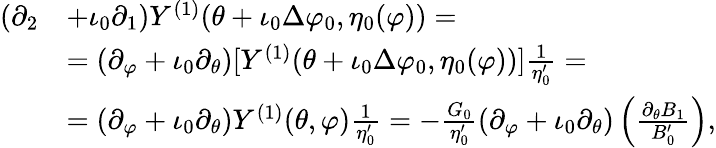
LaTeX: \begin{array}{rl}{(\partial_{2}}&{+\iota_{0}\partial_{1})Y^{(1)}(\theta+\iota_{0}\Delta\varphi_{0},\eta_{0}(\varphi))=}\\ &{=(\partial_{\varphi}+\iota_{0}\partial_{\theta})[Y^{(1)}(\theta+\iota_{0}\Delta\varphi_{0},\eta_{0}(\varphi))]\frac{1}{\eta_{0}^{\prime}}=}\\ &{=(\partial_{\varphi}+\iota_{0}\partial_{\theta})Y^{(1)}(\theta,\varphi)\frac{1}{\eta_{0}^{\prime}}=-\frac{G_{0}}{\eta_{0}^{\prime}}(\partial_{\varphi}+\iota_{0}\partial_{\theta})\left(\frac{\partial_{\theta}B_{1}}{B_{0}^{\prime}}\right),}\end{array}